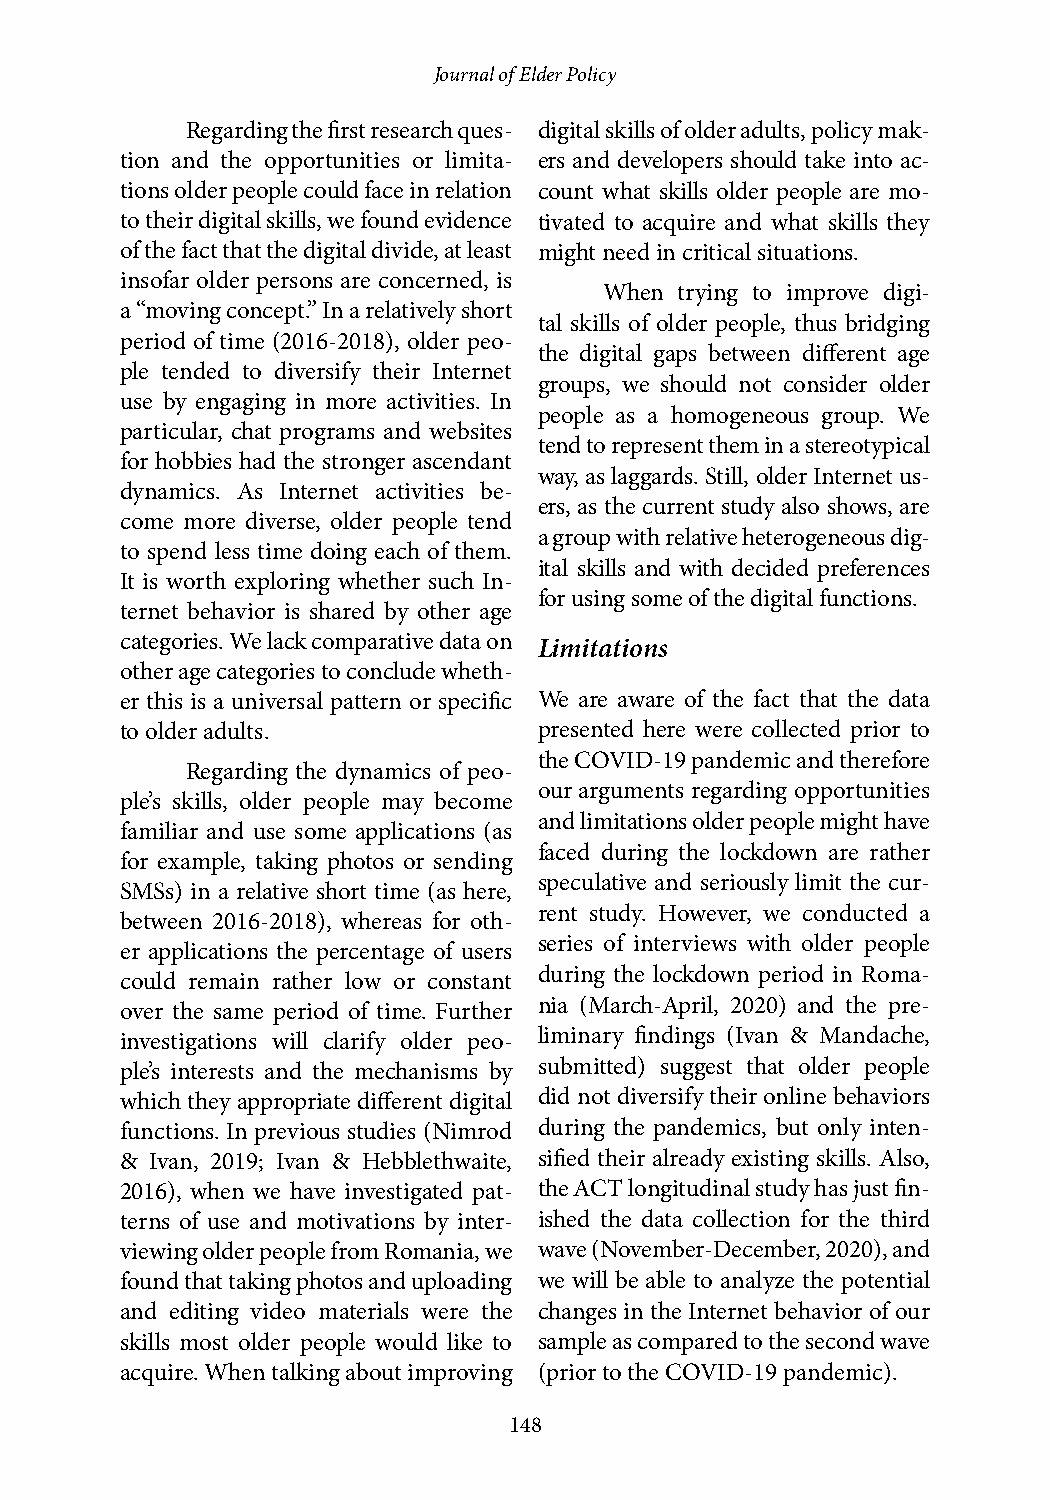
Journal of Elder Policy
 Regarding the first research ques- digital skills of older adults, policy mak-
 tion and the opportunities or limita- ers and developers should take into ac-
 tions older people could face in relation count what skills older people are mo-
 to their digital skills, we found evidence tivated to acquire and what skills they
 of the fact that the digital divide, at least might need in critical situations.
 insofar older persons are concerned, is
 When trying to improve digi-
 a “moving concept.” In a relatively short
 tal skills of older people, thus bridging
 period of time (2016-2018), older peo-
 the digital gaps between different age
 ple tended to diversify their Internet
 groups, we should not consider older
 use by engaging in more activities. In
 people as a homogeneous group. We
 particular, chat programs and websites
 tend to represent them in a stereotypical
 for hobbies had the stronger ascendant
 way, as laggards. Still, older Internet us-
 dynamics. As Internet activities be-
 ers, as the current study also shows, are
 come more diverse, older people tend
 a group with relative heterogeneous dig-
 to spend less time doing each of them.
 ital skills and with decided preferences
 It is worth exploring whether such In-
 for using some of the digital functions.
 ternet behavior is shared by other age
 categories. We lack comparative data on Limitations
 other age categories to conclude wheth-
 er this is a universal pattern or specific We are aware of the fact that the data
 to older adults.            presented here were collected prior to
 the COVID-19 pandemic and therefore
 Regarding the dynamics of peo-
 our arguments regarding opportunities
 ple’s skills, older people may become
 and limitations older people might have
 familiar and use some applications (as
 faced during the lockdown are rather
 for example, taking photos or sending
 speculative and seriously limit the cur-
 SMSs) in a relative short time (as here,
 rent study. However, we conducted a
 between 2016-2018), whereas for oth-
 series of interviews with older people
 er applications the percentage of users
 during the lockdown period in Roma-
 could remain rather low or constant
 nia (March-April, 2020) and the pre-
 over the same period of time. Further
 investigations will clarify older peo- liminary findings (Ivan & Mandache,
 ple’s interests and the mechanisms by submitted) suggest that older people
 which they appropriate different digital did not diversify their online behaviors
 functions. In previous studies (Nimrod during the pandemics, but only inten-
 & Ivan, 2019; Ivan & Hebblethwaite, sified their already existing skills. Also,
 2016), when we have investigated pat- the ACT longitudinal study has just fin-
 terns of use and motivations by inter- ished the data collection for the third
 viewing older people from Romania, we wave (November-December, 2020), and
 found that taking photos and uploading we will be able to analyze the potential
 and editing video materials were the changes in the Internet behavior of our
 skills most older people would like to sample as compared to the second wave
 acquire. When talking about improving (prior to the COVID-19 pandemic).
 148